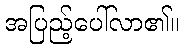
အပြည့်ပေါ်လာ၏။